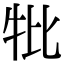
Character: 𤘥